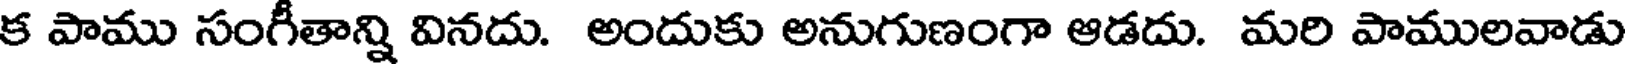
క పాము సంగీతాన్ని వినదు. అందుకు అనుగుణంగా ఆడదు. మరి పాములవాడు